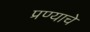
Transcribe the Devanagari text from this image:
प्रण्याचे